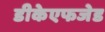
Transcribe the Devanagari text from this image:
डीकेएफजेड